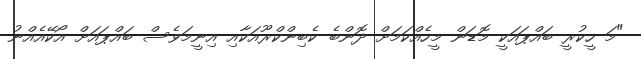
"މަ ހީކުރީ ބައްޕައަކީ މޮޑަން މީހެއްކަމަށް ދޮންބެ ކެބިންކްރޫއަކާއި އިނީމަވެސް ބައްޕައަށް އޯކޭއެއްނު